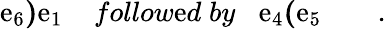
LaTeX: \mathrm{e}_{6}\mathbf{{)}}\mathrm{e}_{1}\; \; \; \; follow\mathrm{e}d\; by\; \; \; \mathrm{e}_{4}\mathbf{{(}}\mathrm{e}_{5}\quad\quad.